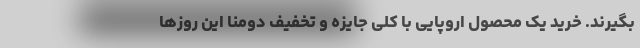
بگیرند. خرید یک محصول اروپایی با کلی جایزه و تخفیف دومنا این روزها